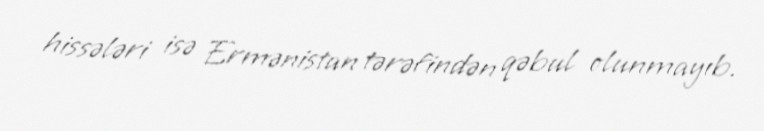
hissələri isə Ermənistan tərəfindən qəbul olunmayıb.